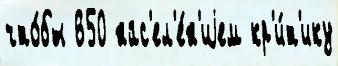
что́бы 650 нас'ел'е́н'иjем кр'и́т'ику